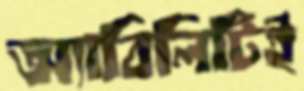
অ্যাবিলিটিই